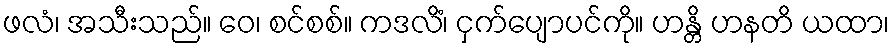
ဖလံ၊ အသီးသည်။ ဝေ၊ စင်စစ်။ ကဒလိံ၊ ငှက်ပျောပင်ကို။ ဟန္တိ ဟနတိ ယထာ၊